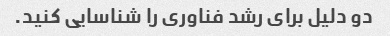
دو دلیل برای رشد فناوری را شناسایی کنید.